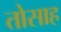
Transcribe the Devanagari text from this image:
तोसाह